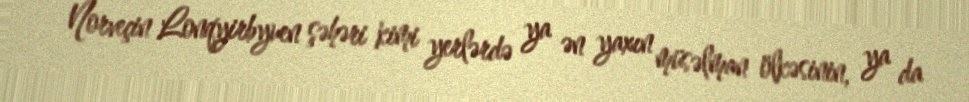
Norveçin Lonqyirbyuen şəhəri kimi yerlərdə ya ən yaxın müsəlman ölkəsinin, ya da